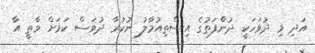
އަދި މި ދުވަހަކީ ދުންްފަތުގެ އިސްތިއުމާލު ނުކުރާ ދުވަސް ކަމަށް ވާތީ އާ